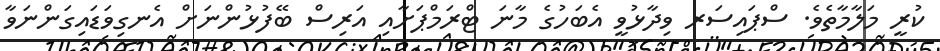
ކުރީ މަލާމާތެވެ. ސްޕައިސަރ ވިދާޅުވީ އެބަހުގެ މާނަ ޓްރަމްޕަށާއި އަރިސް ބޭފުޅުންނަށް އެނގިވަޑައިގަންނަވާ